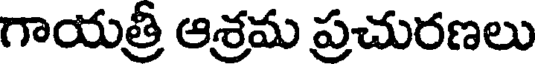
గాయత్రీ ఆశ్రమ ప్రచురణలు